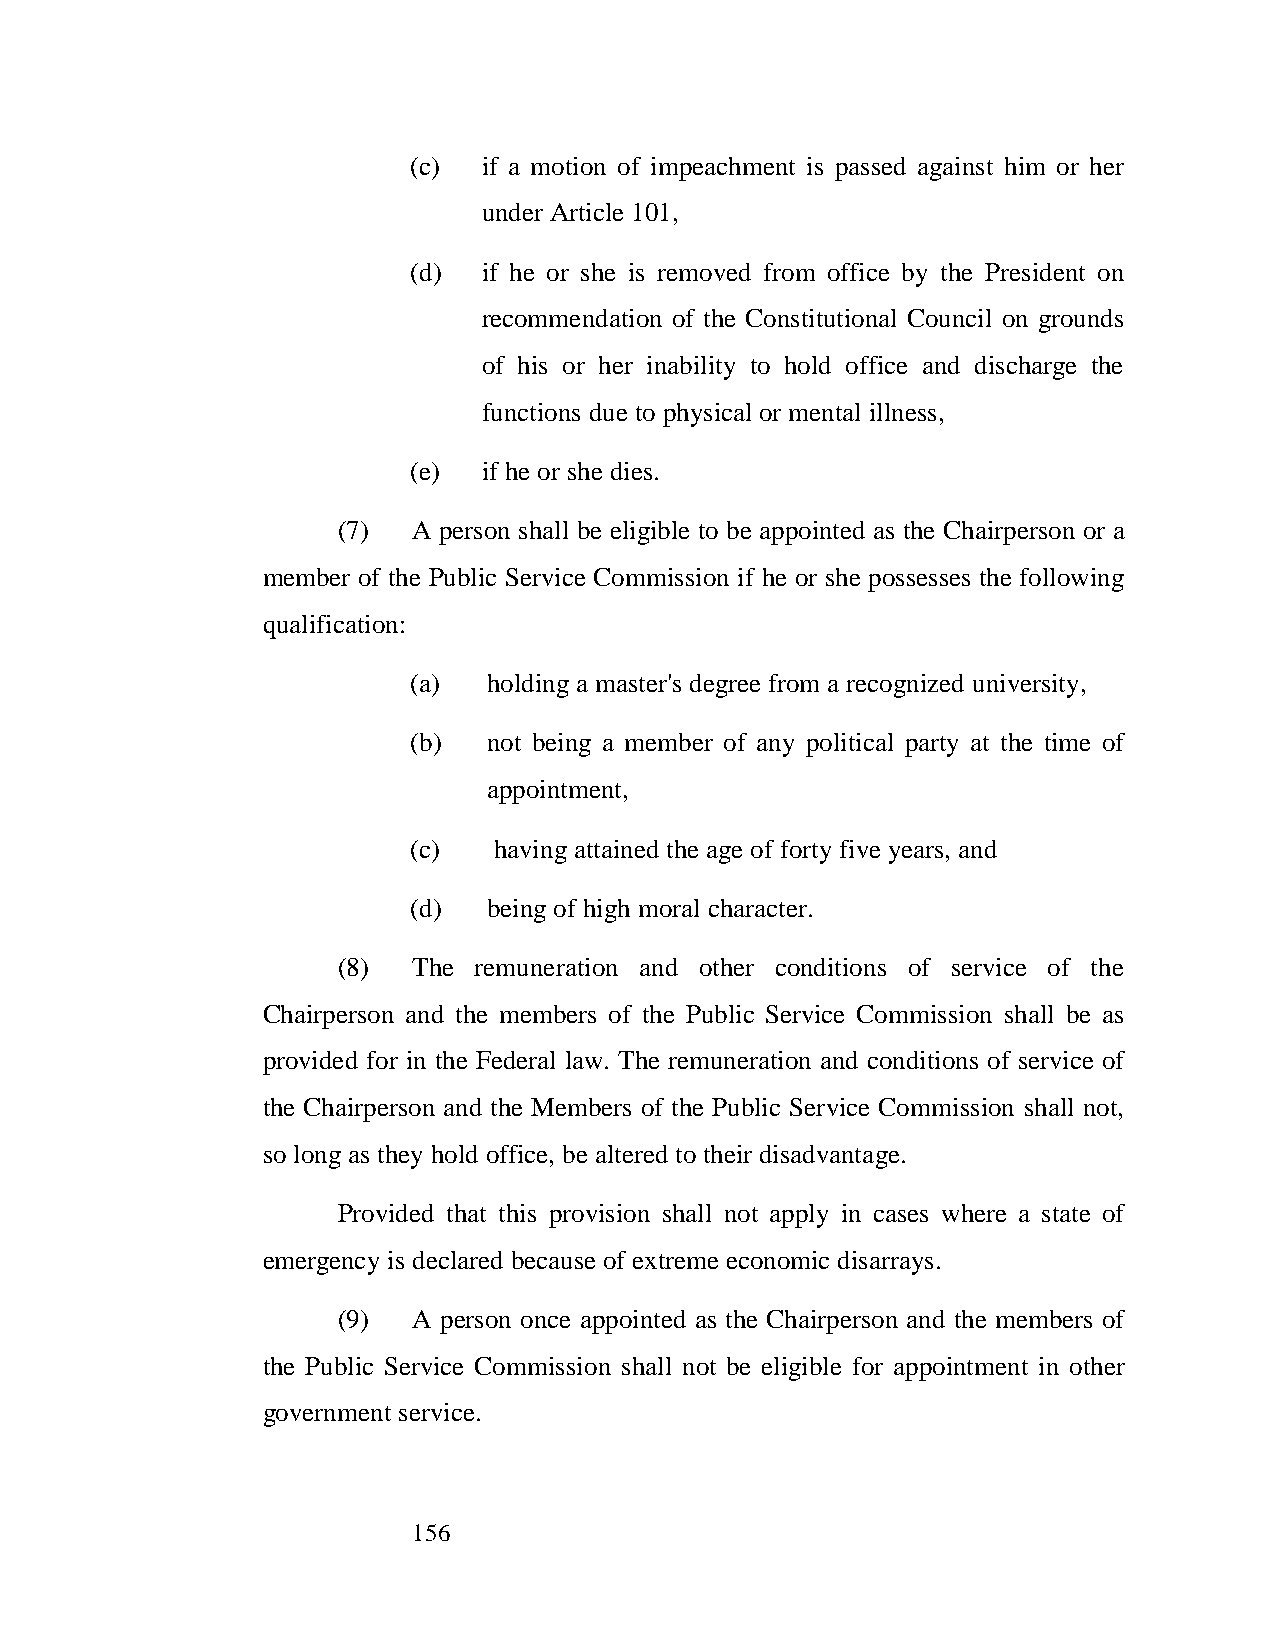
(c)  if a motion of impeachment is passed against him or her
 under Article 101,
 (d)  if he or she is removed from office by the President on
 recommendation of the Constitutional Council on grounds
 of his or her inability to hold office and discharge the
 functions due to physical or mental illness,
 (e)  if he or she dies.
 (7)  A person shall be eligible to be appointed as the Chairperson or a
 member of the Public Service Commission if he or she possesses the following
 qualification:
 (a)  holding a master's degree from a recognized university,
 (b)  not being a member of any political party at the time of
 appointment,
 (c)   having attained the age of forty five years, and
 (d)  being of high moral character.
 (8)  The remuneration and other conditions of service of the
 Chairperson and the members of the Public Service Commission shall be as
 provided for in the Federal law. The remuneration and conditions of service of
 the Chairperson and the Members of the Public Service Commission shall not,
 so long as they hold office, be altered to their disadvantage.
 Provided that this provision shall not apply in cases where a state of
 emergency is declared because of extreme economic disarrays.
 (9)  A person once appointed as the Chairperson and the members of
 the Public Service Commission shall not be eligible for appointment in other
 government service.
 156